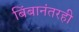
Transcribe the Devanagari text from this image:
बिंबानंतरही